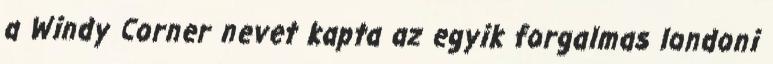
a Windy Corner nevet kapta az egyik forgalmas londoni